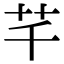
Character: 芊